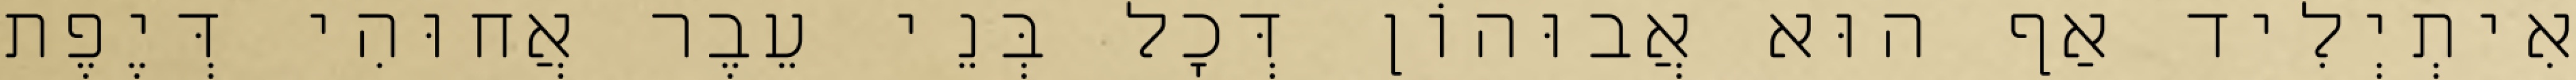
אִיתְיְלִיד אַף הוּא אֲבוּהוֹן דְּכָל בְּנֵי עֵבֶר אֲחוּהִי דְּיֶפֶת